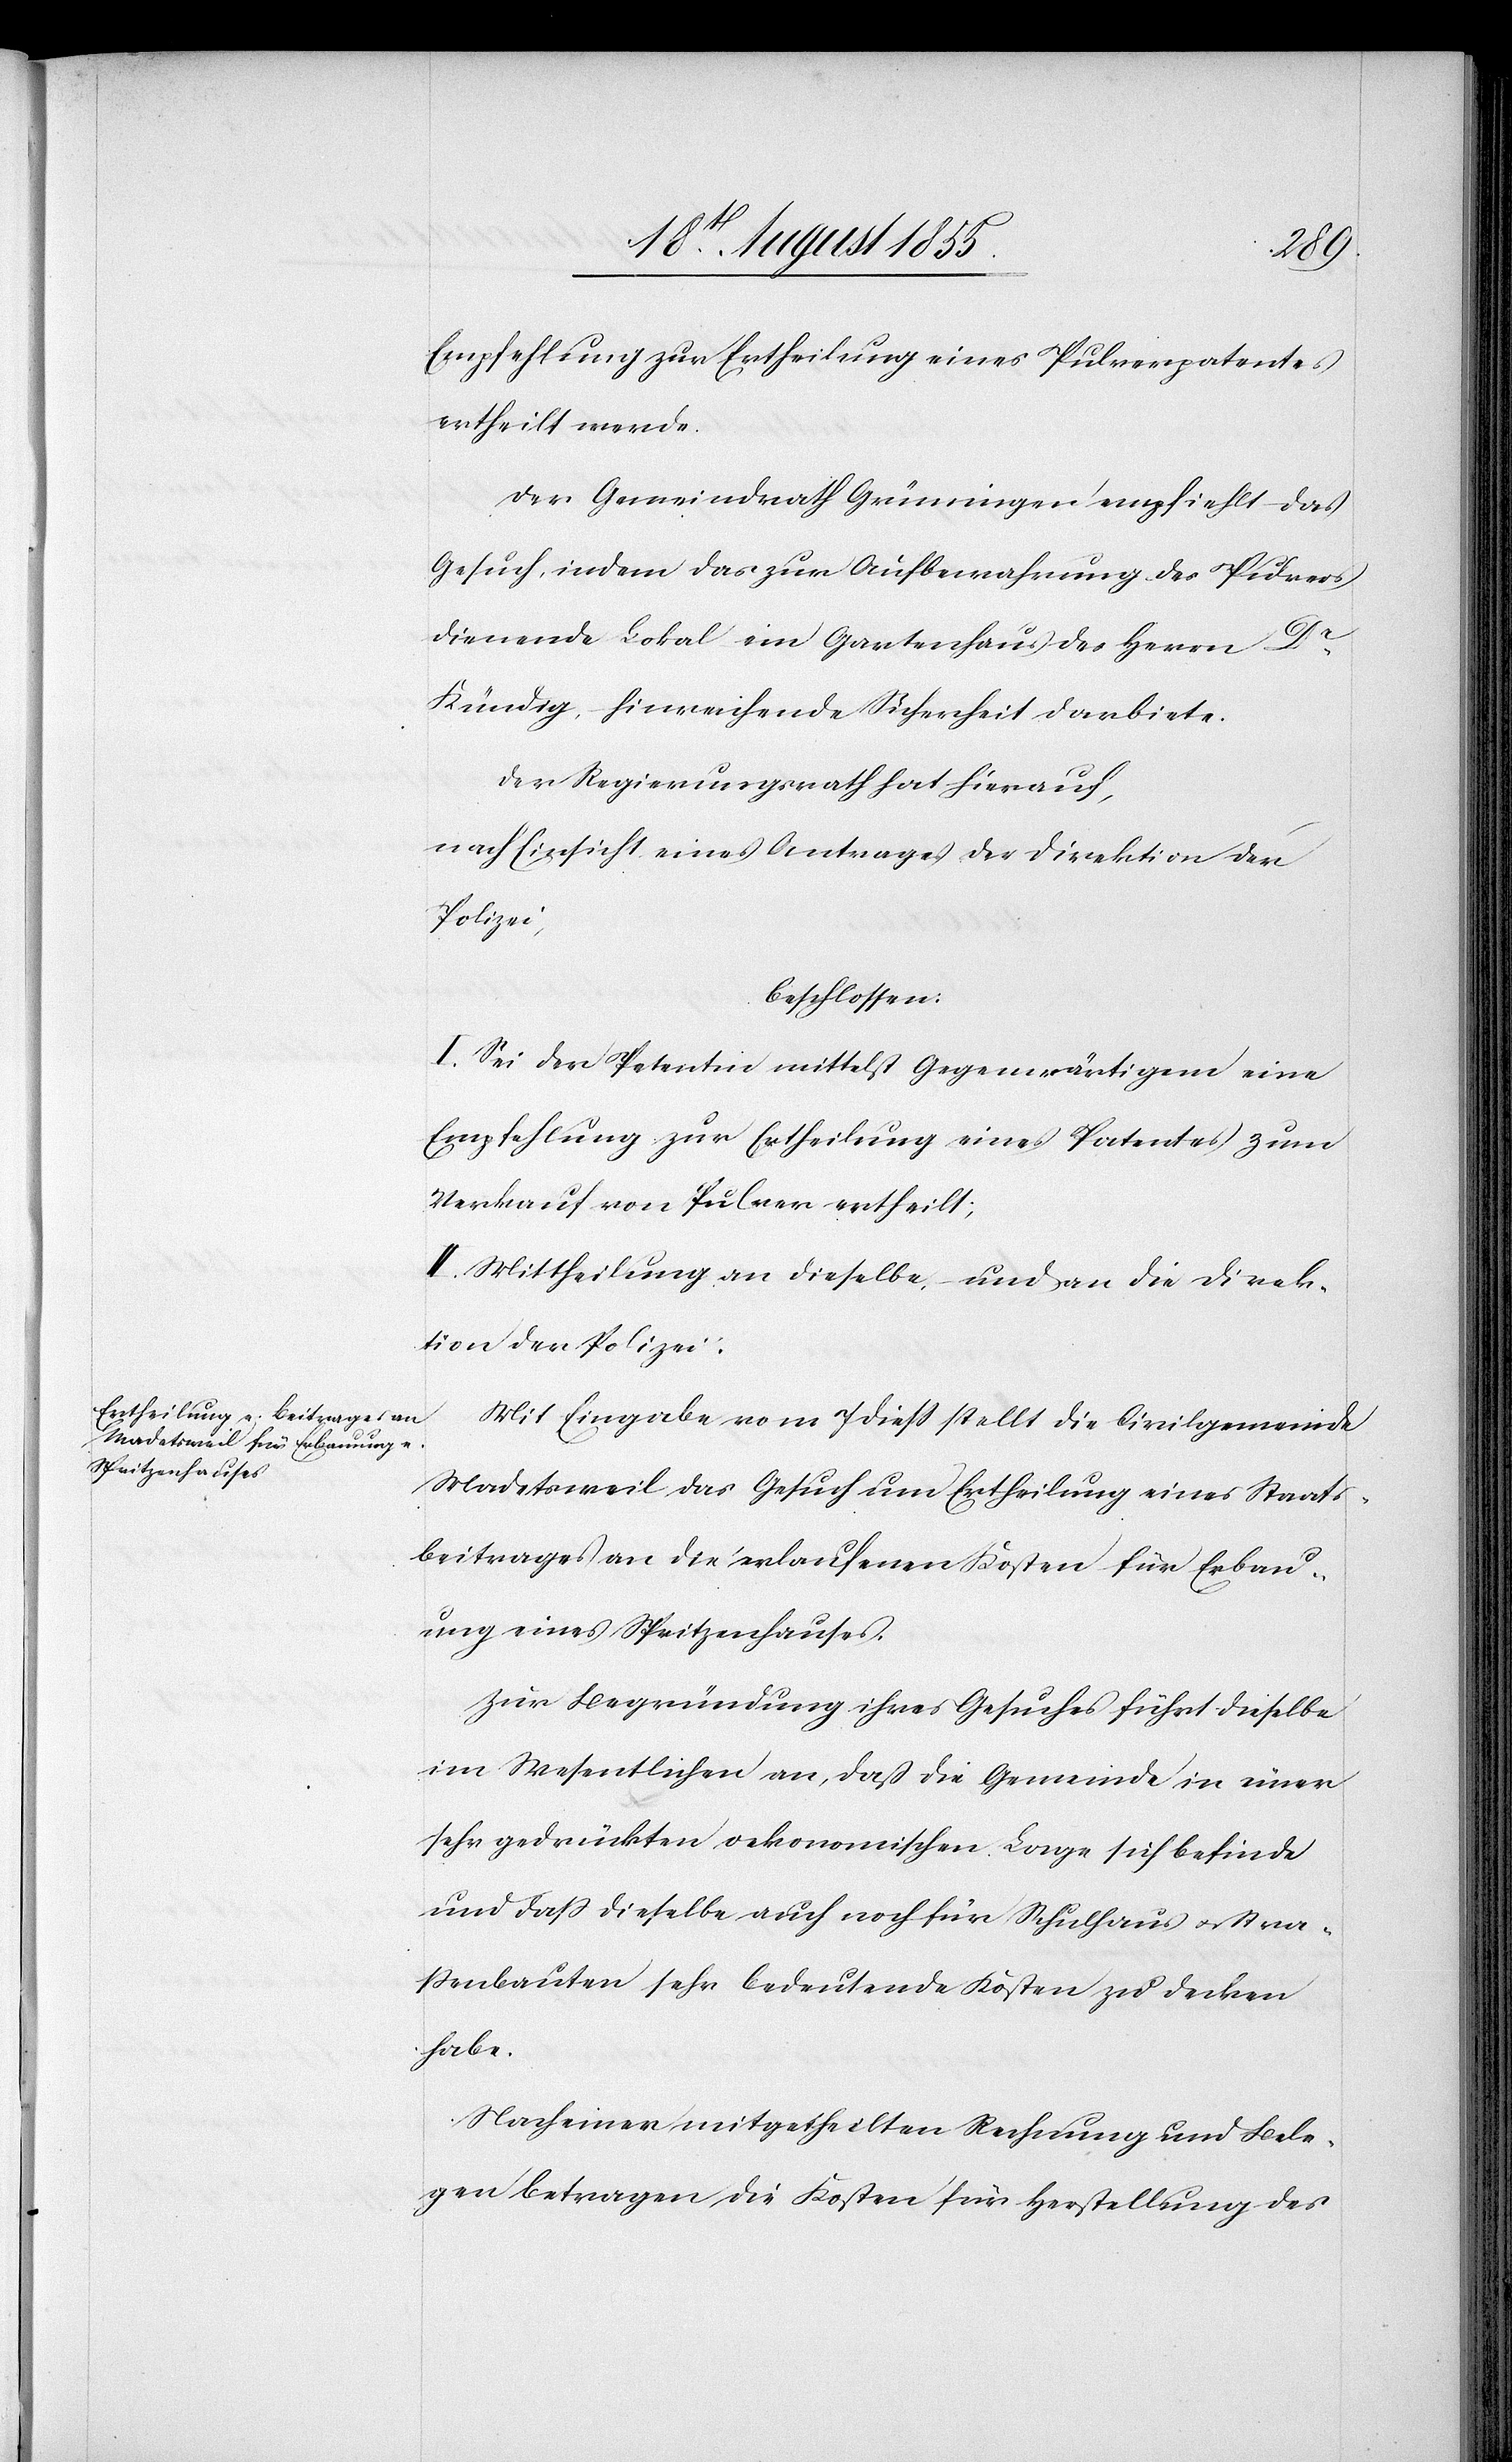
Empfehlung zur Ertheilung eines Pulverpatentes
ertheilt werde.
Der Gemeindrath Grüningen empfiehlt – das
Gesuch, indem das zur Aufbewahrung des Pulvers
dienende Lokal ein Gartenhaus des Herrn Dr.
Kündig, – hinreichende Sicherheit darbiete.
Der Regierungsrath hat hierauf,
nach Einsicht eines Antrages der Direktion der
Polizei,
beschlossen:
I. Sei der Petentin mittelst Gegenwärtigem eine
Empfehlung zur Ertheilung eines Patentes zum
Verkauf von Pulver ertheilt;
II. Mittheilung an dieselbe, – und an die Direk¬
tion der Polizei.
Mit Eingabe vom 7 diess stellt die Civilgemeinde
Madetsweil das Gesuch um Ertheilung eines Staats¬
beitrages an die erlaufenen Kosten für Erbau¬
ung eines Spritzenhauses.
Zur Begründung ihres Gesuches führt dieselbe
im Wesentlichen an, daß die Gemeinde in einer
sehr gedrückten oekonomischen Lage sich befinde
und daß dieselbe auch noch für Schulhaus & Stra¬
ßenbauten sehr bedeutende Kosten zu decken
habe.
Nach einer mitgetheilten Rechnung und Bele¬
gen betragen die Kosten für Herstellung des